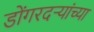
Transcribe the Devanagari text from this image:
डोंगरदऱ्यांच्या